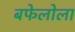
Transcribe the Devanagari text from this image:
बफेलोला